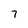
Character: 7